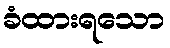
ခံထားရသော